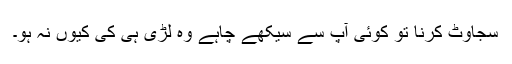
سجاوٹ کرنا تو کوئی آپ سے سیکھے چاہے وہ لڑی ہی کی کیوں نہ ہو۔